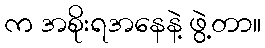
က အစိုးရအနေနဲ့ ဖွဲ့တာ။